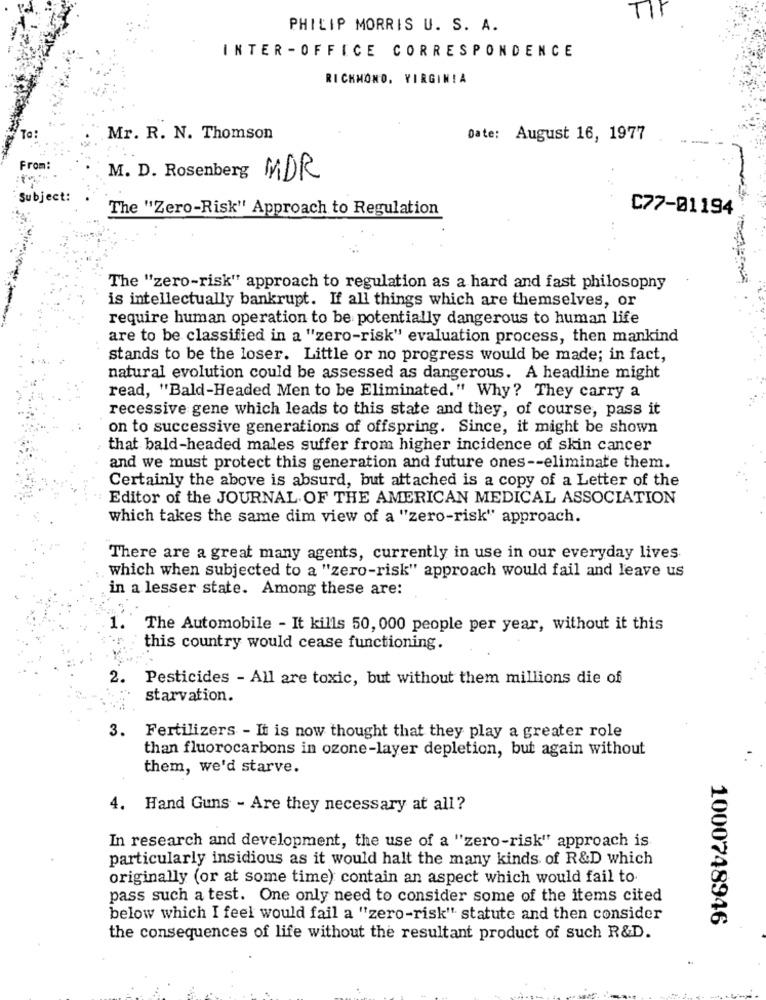
PHILIP MORRIS U. S. A.
INTER -OFFICE CORRESPONDENCE
RICHMOND, VIRGINIA
To:
Mr. R. N. Thomson
Date: August 16, 1977
From:
M. D. Rosenberg MDR
Subject:
The "Zero-Risk" Approach to Regulation
C77-01194
The "zero-risk" approach to regulation as a hard and fast philosopny
is intellectually bankrupt. If all things which are themselves, or
require human operation to be potentially dangerous to human life
are to be classified in a "zero-risk" evaluation process, then mankind
stands to be the loser. Little or no progress would be made; in fact,
natural evolution could be assessed as dangerous. A headline might
read, "Bald-Headed Men to be Eliminated." Why? They carry a
recessive gene which leads to this state and they, of course, pass it
on to successive generations of offspring. Since, it might be shown
that bald-headed males suffer from higher incidence of skin cancer
and we must protect this generation and future ones -- eliminate them.
Certainly the above is absurd, but attached is a copy of a Letter of the
Editor of the JOURNAL OF THE AMERICAN MEDICAL ASSOCIATION
which takes the same dim view of a "zero-risk" approach.
There are a great many agents, currently in use in our everyday lives
which when subjected to a "zero-risk" approach would fail and leave us
in a lesser state. Among these are:
1.
The Automobile - It kills 50, 000 people per year, without it this
this country would cease functioning.
2.
Pesticides - All are toxic, but without them millions die of
starvation.
3. Fertilizers - It is now thought that they play a greater role
than fluorocarbons in ozone-layer depletion, but again without
them, we'd starve.
4. Hand Guns - Are they necessary at all ?
In research and development, the use of a "zero-risk" approach is
particularly insidious as it would halt the many kinds of R&D which
originally (or at some time) contain an aspect which would fail to-
pass such a test. One only need to consider some of the items cited
below which I feel would fail a "zero-risk" statute and then consider
1000748946
the consequences of life without the resultant product of such R&D.